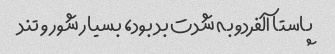
پاستا آلفردو به شدت بد بود، بسیار شور و تند